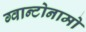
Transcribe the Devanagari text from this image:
ग्वान्टोनामो